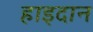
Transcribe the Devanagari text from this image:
हाइदान